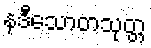
နဒီသောတသုတ္တ